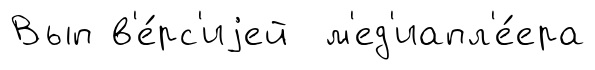
Вып в'е́рс'иjей м'ед'иапл'е́ера